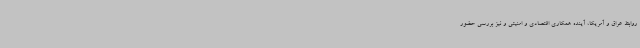
روابط عراق و آمریکا، آینده همکاری اقتصادی و امنیتی و نیز بررسی حضور